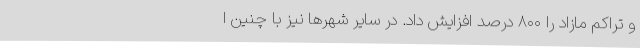
و تراکم مازاد را ۸۰۰ درصد افزایش داد. در سایر شهرها نیز با چنین ا